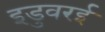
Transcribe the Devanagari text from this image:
इडुवरई